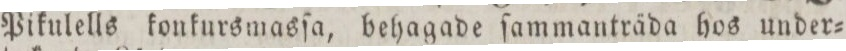
Pikulells konkursmasſa, behagade ſammanträda hos under=